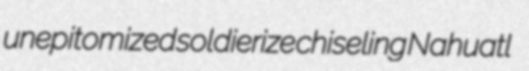
unepitomized soldierize chiseling Nahuatl